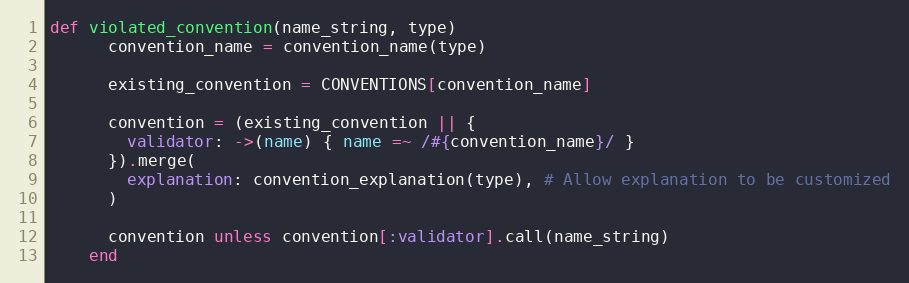
Language: Ruby
def violated_convention(name_string, type)
      convention_name = convention_name(type)

      existing_convention = CONVENTIONS[convention_name]

      convention = (existing_convention || {
        validator: ->(name) { name =~ /#{convention_name}/ }
      }).merge(
        explanation: convention_explanation(type), # Allow explanation to be customized
      )

      convention unless convention[:validator].call(name_string)
    end